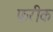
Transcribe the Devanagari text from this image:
फ़रीक